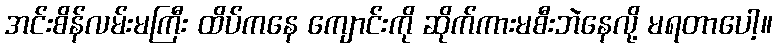
အင်းစိန်လမ်းမကြီး ထိပ်ကနေ ကျောင်းကို ဆိုက်ကားမစီးဘဲနေလို့ မရတာပေါ့။